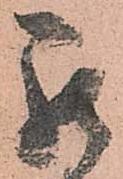
罷